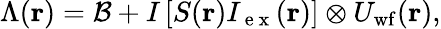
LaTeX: \Lambda(\mathbf{r})=\mathcal{B}+I\left[S(\mathbf{r})I_{\mathrm{~e~x~}}(\mathbf{r})\right]\otimes U_{\mathrm{wf}}(\mathbf{r}),